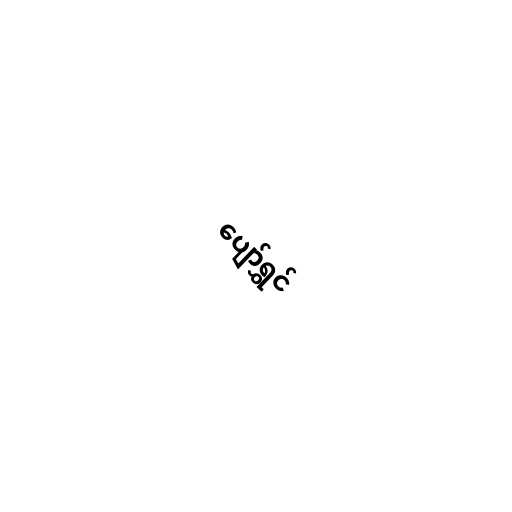
ပျော်ရွှင်